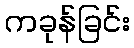
ကခုန်ခြင်း